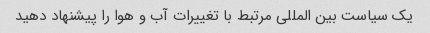
یک سیاست بین المللی مرتبط با تغییرات آب و هوا را پیشنهاد دهید